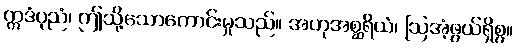
ဣဒံပုညံ၊ ဤသို့သောကောင်းမှုသည်။ အဟုအစ္ဆရိယံ၊ ဩအံ့ဖွယ်ရှိစွ။